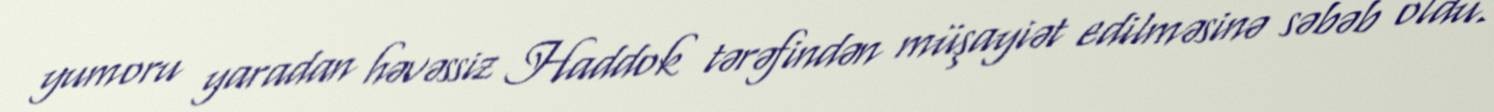
yumoru yaradan həvəssiz Haddok tərəfindən müşayiət edilməsinə səbəb oldu.